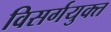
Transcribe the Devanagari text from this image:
विसर्गयुक्त